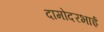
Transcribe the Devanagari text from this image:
दामोदरभाई